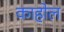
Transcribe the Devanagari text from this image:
काहोल